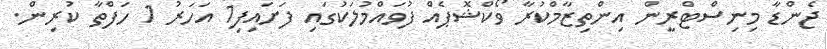
ޖެންޑާ މިނިސްޓްރީން އިންތިޒާމްކުރާ ވޯކްޝޮޕެއް ފުވައްމުލަކުގައި ފަށައިފި1 އަހަރު 1 ހަފްތާ ކުރިން.